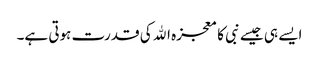
ایسے ہی جیسے نبی کا معجزہ اﷲ کی قدرت ہوتی ہے۔